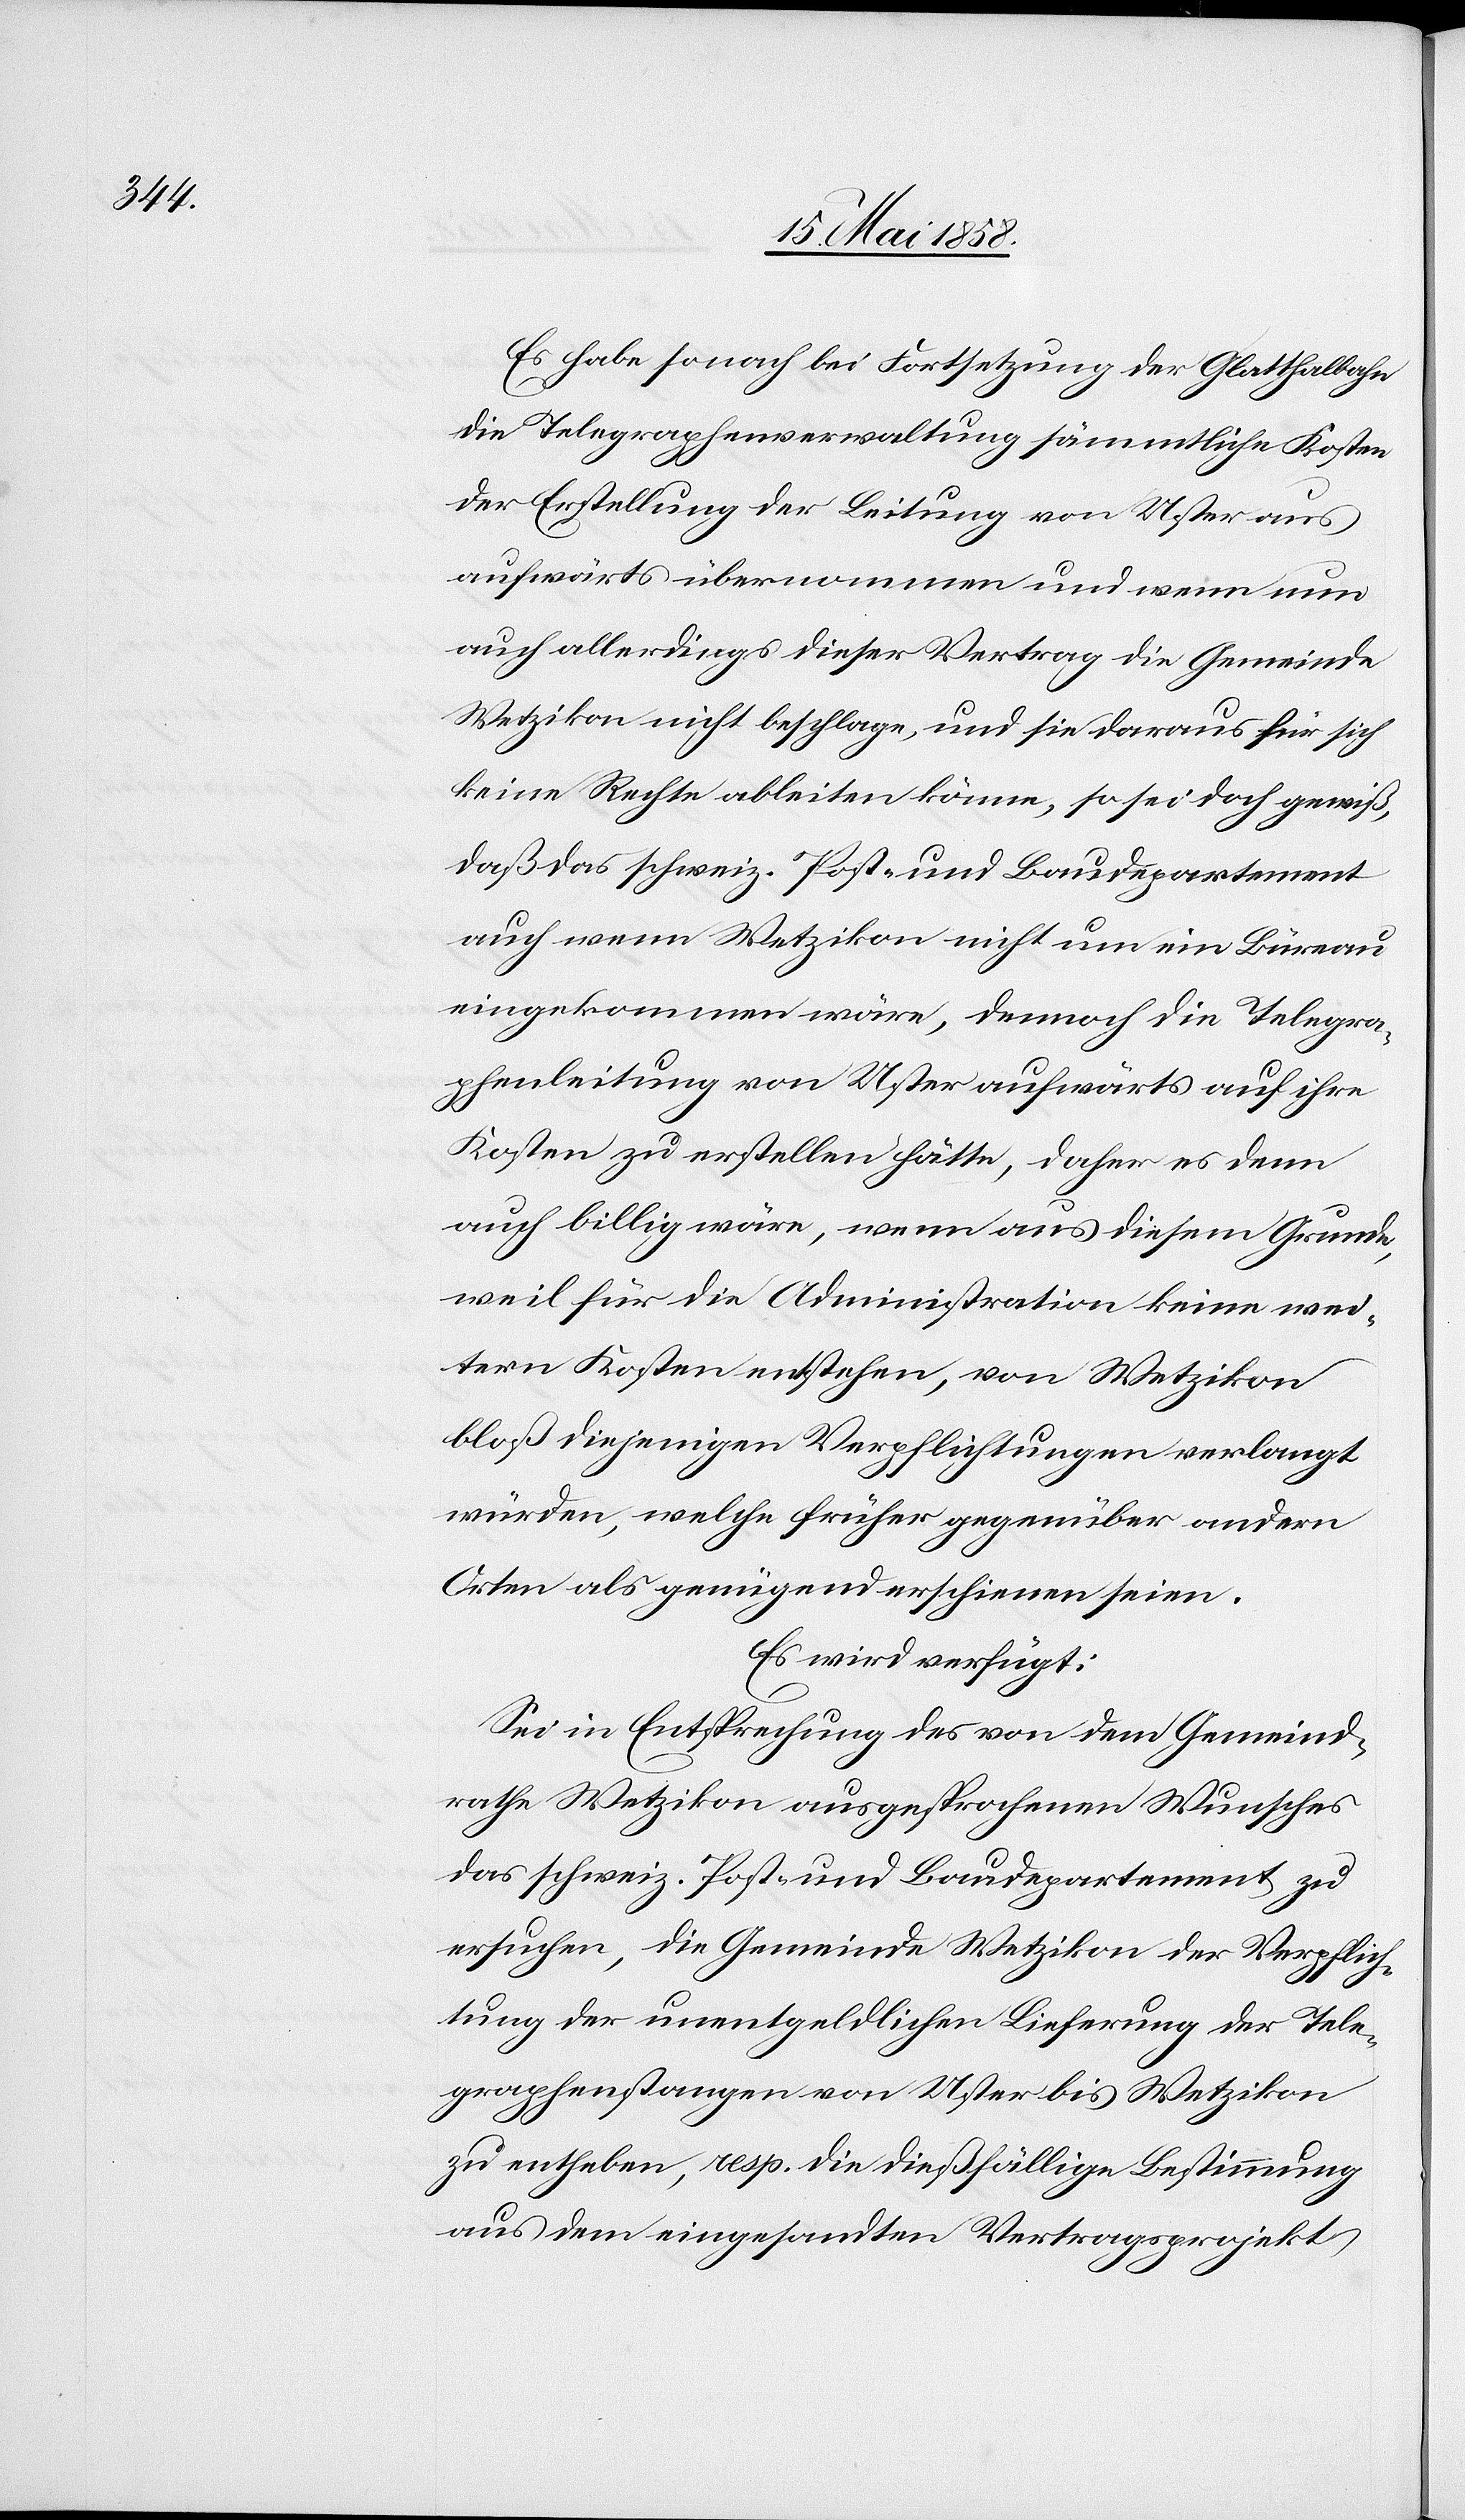
Es habe sonach bei Fortsetzung der Glatthalbahn
die Telegraphenverwaltung sämmtliche Kosten
der Erstellung der Leitung von Uster aus
aufwärts übernommen und wenn nun
auch allerdings dieser Vertrag die Gemeinde
Wetzikon nicht beschlage, und sie daraus für sich
keine Rechte ableiten könne, so sei doch gewiß,
daß das schweiz Post- und Baudepartement
auch wenn Wetzikon nicht um ein Büreau
eingekommen wäre, dennoch die Telegra¬
phenleitung von Uster aufwärts auf ihre
Kosten zu erstellen hätte, daher es denn
auch billig wäre, wenn aus diesem Grunde,
weil für die Administration keine wei¬
tern Kosten entstehen, von Wetzikon
bloß diejenigen Verpflichtungen verlangt
würden, welche früher gegenüber andern
Orten als genügend erschienen seien.
Es wird verfügt:
Sei in Entsprechung des von dem Gemeind¬
rathe Wetzikon ausgesprochenen Wunsches
das schweiz. Post- und Baudepartement zu
ersuchen, die Gemeinde Wetzikon der Verpflich¬
tung der unentgeltlichen Lieferung der Tele¬
graphenstangen von Uster bis Wetzikon
zu entheben, resp. die dießfällige Bestimmung
aus dem eingesandten Vertragsprojekt